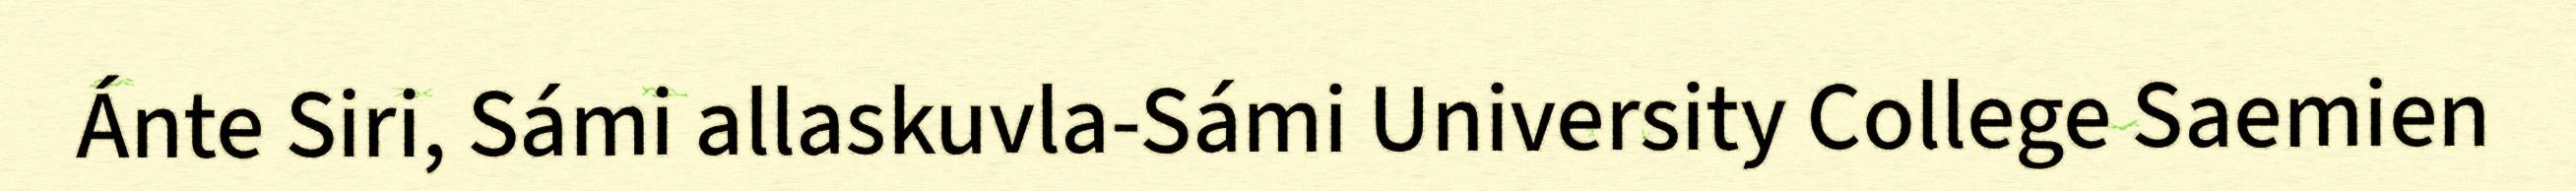
Ánte Siri, Sámi allaskuvla-Sámi University College Saemien